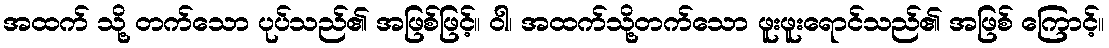
အထက် သို့ တက်သော ပုပ်သည်၏ အဖြစ်ဖြင့်။ ဝါ၊ အထက်သို့တက်သော ဖူးဖူးရောင်သည်၏ အဖြစ် ကြောင့်။